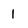
Character: 1